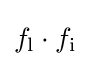
f_{\mathrm {l} }\cdot f_{\mathrm {i} }